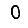
Digit: 0